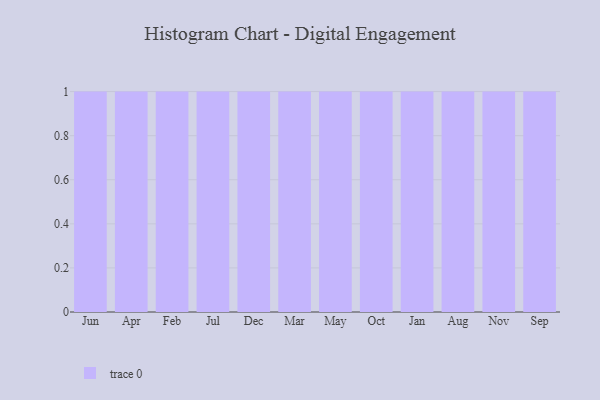
{"axis": {"x": "Month", "y": "Headcount"}, "legend": [""], "data": [{"x": "Jun", "y": 43, "type": ""}, {"x": "Apr", "y": 99, "type": ""}, {"x": "Feb", "y": 92, "type": ""}, {"x": "Jul", "y": 14, "type": ""}, {"x": "Dec", "y": 64, "type": ""}, {"x": "Mar", "y": 54, "type": ""}, {"x": "May", "y": 36, "type": ""}, {"x": "Oct", "y": 9, "type": ""}, {"x": "Jan", "y": 10, "type": ""}, {"x": "Aug", "y": 43, "type": ""}, {"x": "Nov", "y": 47, "type": ""}, {"x": "Sep", "y": 66, "type": ""}]}